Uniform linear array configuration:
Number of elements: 8
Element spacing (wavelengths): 0.75
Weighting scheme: binomial
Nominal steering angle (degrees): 45
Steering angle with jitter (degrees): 45.892
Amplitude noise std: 0.05
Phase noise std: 0.05

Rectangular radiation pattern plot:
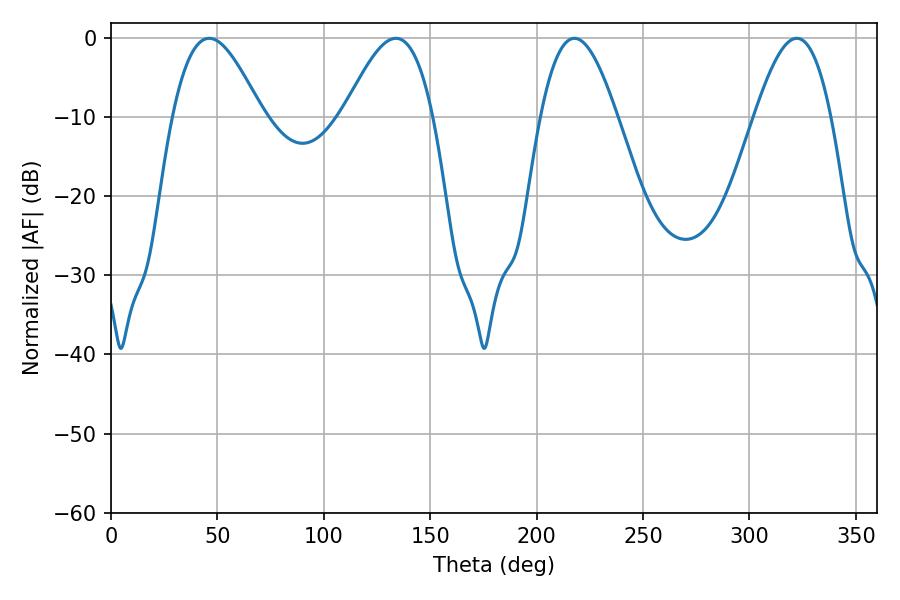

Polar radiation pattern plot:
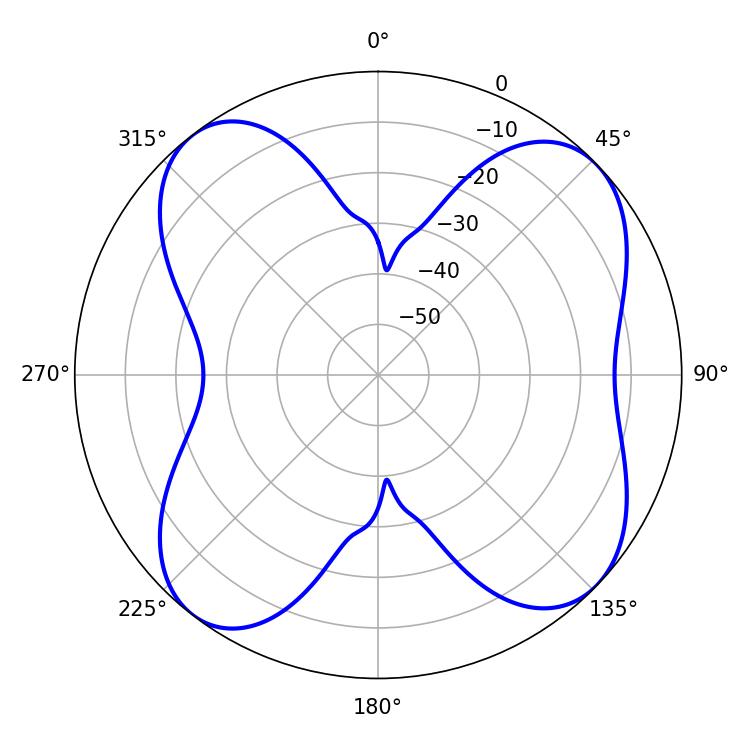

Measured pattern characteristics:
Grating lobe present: TRUE
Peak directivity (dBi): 10.006
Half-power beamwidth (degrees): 19.44
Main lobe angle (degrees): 217.8